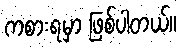
ကစားရမှာ ဖြစ်ပါတယ်။